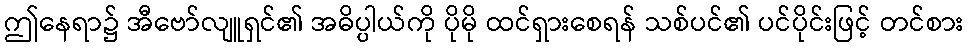
ဤနေရာ၌ အီဗော်လျူရှင်၏ အဓိပ္ပါယ်ကို ပိုမို ထင်ရှားစေရန် သစ်ပင်၏ ပင်ပိုင်းဖြင့် တင်စား